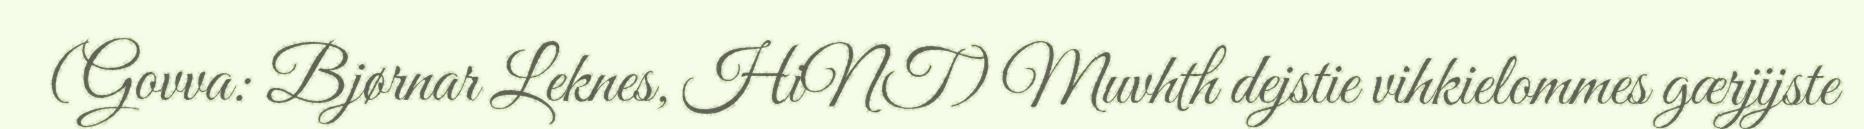
(Govva: Bjørnar Leknes, HiNT) Muvhth dejstie vihkielommes gærjijste